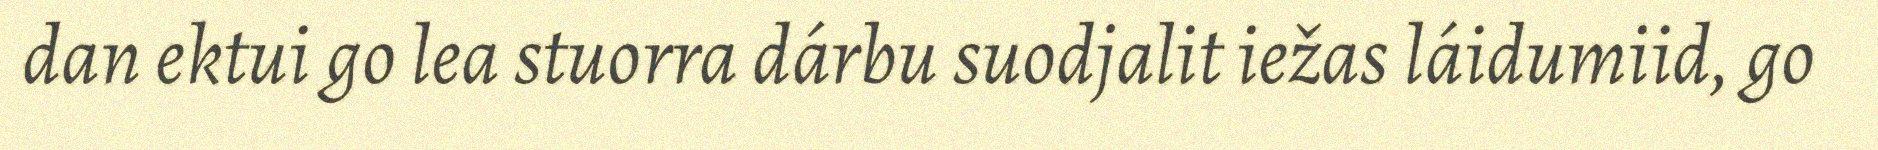
dan ektui go lea stuorra dárbu suodjalit iežas láidumiid, go